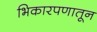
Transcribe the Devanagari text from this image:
भिकारपणातून